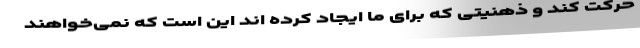
حرکت کند و ذهنیتی که برای ما ایجاد کرده اند این است که نمی‌خواهند